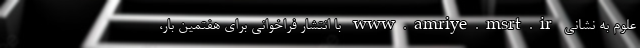
علوم به نشانی www.amriye.msrt.ir با انتشار فراخوانی برای هفتمین بار،